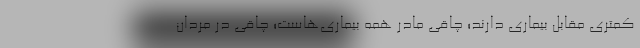
کمتری مقابل بیماری دارند؛ چاقی مادر همه بیماری‌هاست؛ چاقی در مردان